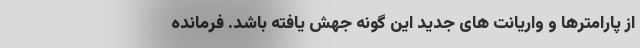
از پارامترها و واریانت های جدید این گونه جهش یافته باشد. فرمانده